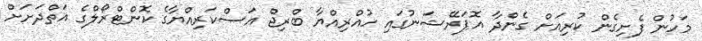
މަހުން ފެށިގެން ކުރިއަށް ގެންދާ އޮޕަރޭޝަނުގައި ހުއްރިއްޔާ ބްރިޖް އަސްކަރިއްޔާގެ ކޮންޓްރޯލްގެ އަތްދަށަށް